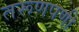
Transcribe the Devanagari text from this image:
तरूणपणी